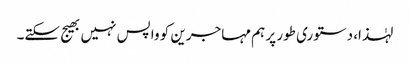
لہٰذا، دستوری طور پر ہم مہاجرین کو واپس نہیں بھیج سکتے۔